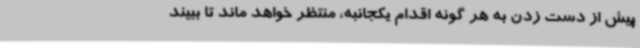
پیش از دست زدن به هر گونه اقدام یکجانبه، منتظر خواهد ماند تا ببیند